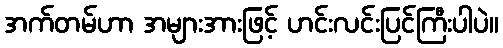
အက်တမ်ဟာ အများအားဖြင့် ဟင်းလင်းပြင်ကြီးပါပဲ။